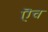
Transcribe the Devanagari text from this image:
ऎच